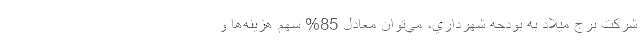
شركت برج ميلاد به بودجه شهرداري، مي‌توان معادل 85% سهم هزينه‌ها و